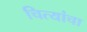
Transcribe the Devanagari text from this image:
चित्यांचा